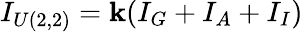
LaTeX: I_{U(2,2)}=\mathbf{k}(I_{G}+I_{A}+I_{I})